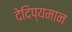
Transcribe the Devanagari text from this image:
देदिप्यमान